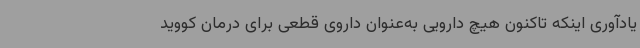
یادآوری اینکه تاکنون هیچ دارویی به‌عنوان داروی قطعی برای درمان کووید